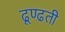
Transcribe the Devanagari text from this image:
ढूण्ढती